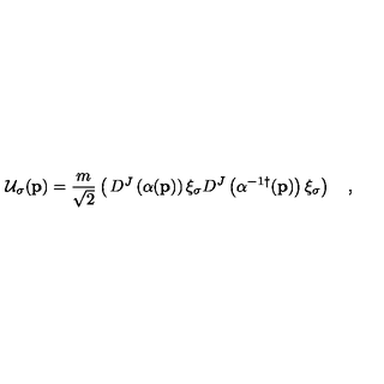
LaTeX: { \cal U } _ { \sigma } ( { \bf p } ) = { \frac { m } { \sqrt { 2 } } } \left( \begin{matrix} { D ^ { J } \left( \alpha ( { \bf p } ) \right) \xi _ { \sigma } } \\ { D ^ { J } \left( \alpha ^ { - 1 \dagger } ( { \bf p } ) \right) \xi _ { \sigma } } \\ \end{matrix} \right) \quad ,